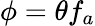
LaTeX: \phi=\theta f_{a}